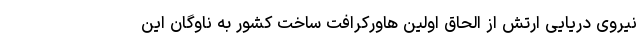
نیروی دریایی ارتش از الحاق اولین هاورکرافت ساخت کشور به ناوگان این